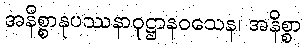
အနိစ္စာနုပဿနာဝုဋ္ဌာနဝသေန၊ အနိစ္စာ